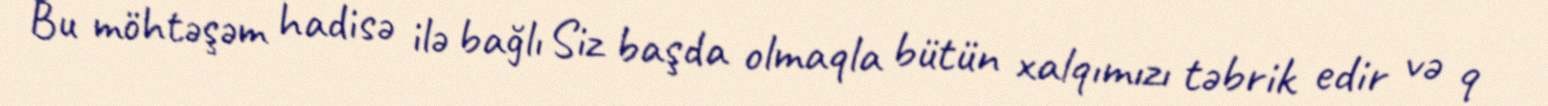
Bu möhtəşəm hadisə ilə bağlı Siz başda olmaqla bütün xalqımızı təbrik edir və 9